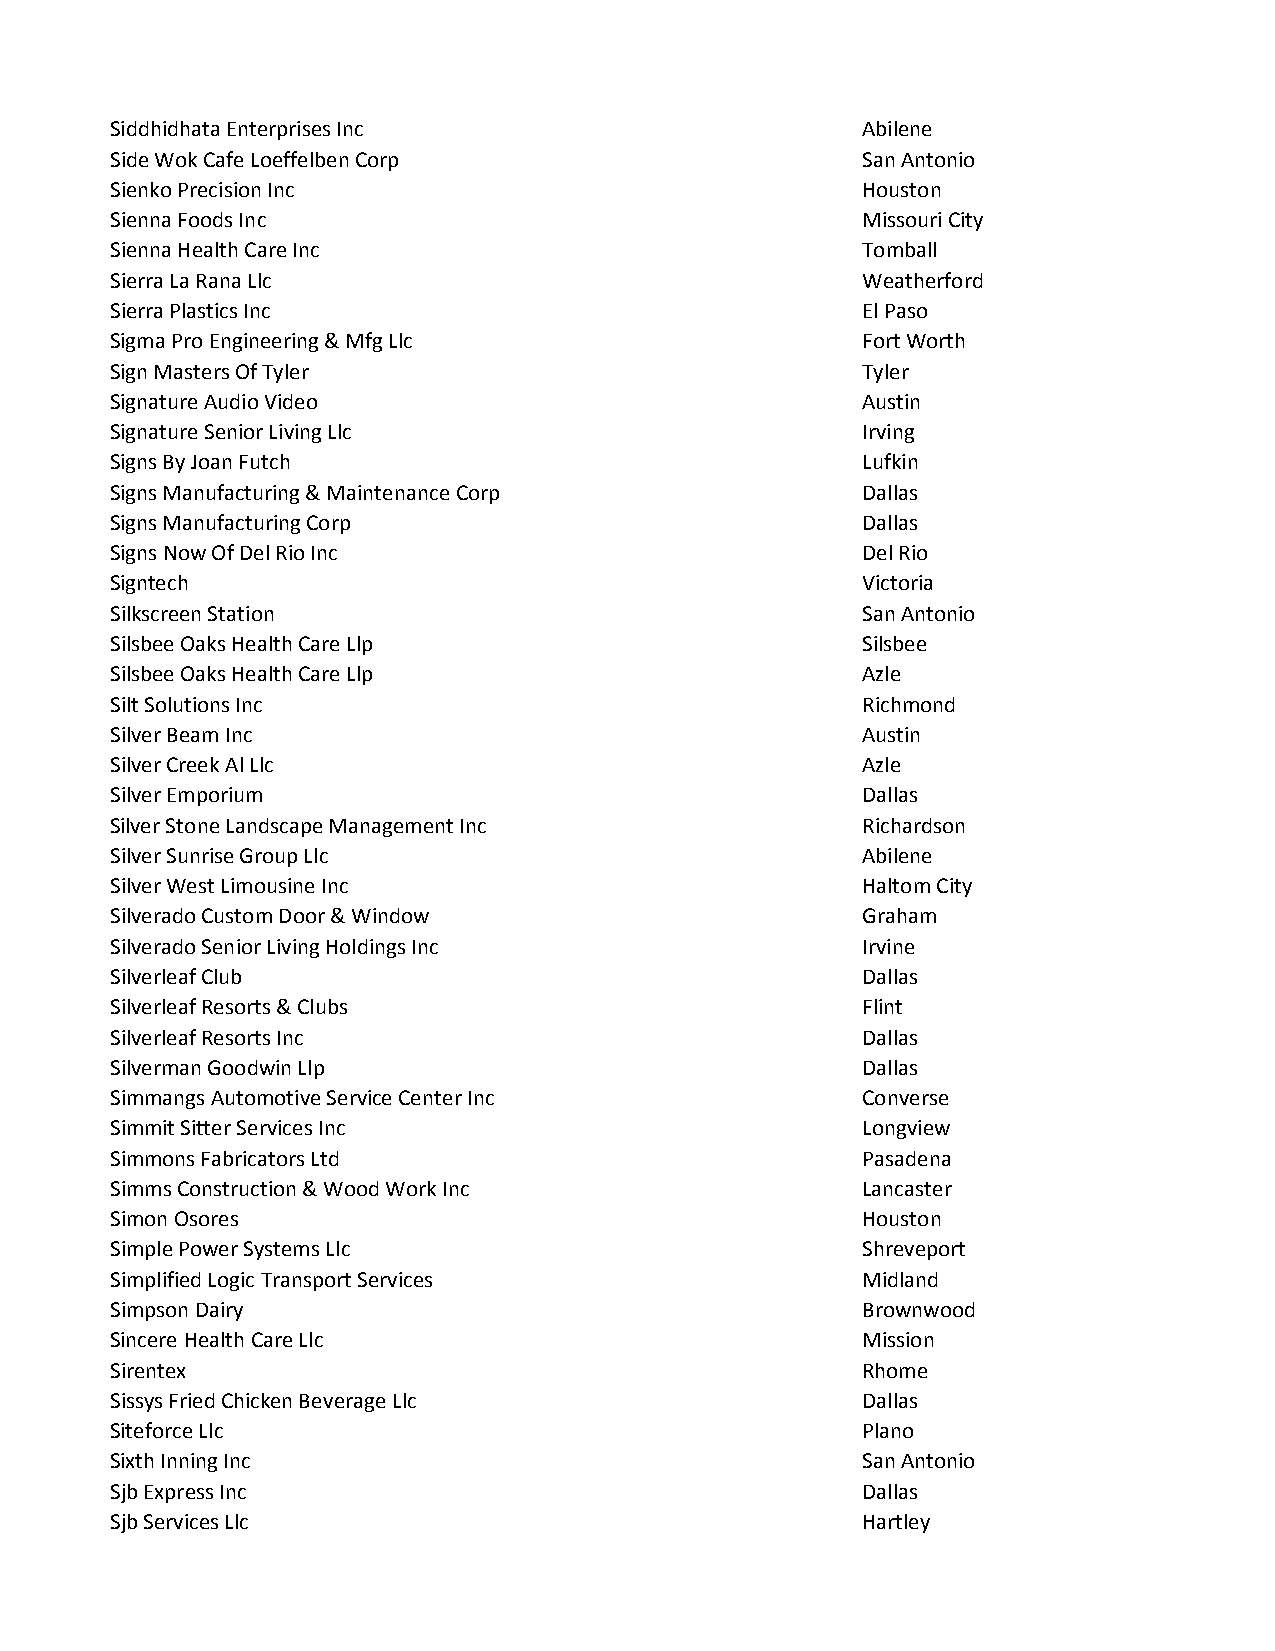
Siddhidhata Enterprises Inc                       Abilene
 Side Wok Cafe Loeffelben Corp                     San Antonio
 Sienko Precision Inc                              Houston
 Sienna Foods Inc                                  Missouri City
 Sienna Health Care Inc                            Tomball
 Sierra La Rana Llc                                Weatherford
 Sierra Plastics Inc                               El Paso
 Sigma Pro Engineering & Mfg Llc                   Fort Worth
 Sign Masters Of Tyler                             Tyler
 Signature Audio Video                             Austin
 Signature Senior Living Llc                       Irving
 Signs By Joan Futch                               Lufkin
 Signs Manufacturing & Maintenance Corp            Dallas
 Signs Manufacturing Corp                          Dallas
 Signs Now Of Del Rio Inc                          Del Rio
 Signtech                                          Victoria
 Silkscreen Station                                San Antonio
 Silsbee Oaks Health Care Llp                      Silsbee
 Silsbee Oaks Health Care Llp                      Azle
 Silt Solutions Inc                                Richmond
 Silver Beam Inc                                   Austin
 Silver Creek Al Llc                               Azle
 Silver Emporium                                   Dallas
 Silver Stone Landscape Management Inc             Richardson
 Silver Sunrise Group Llc                          Abilene
 Silver West Limousine Inc                         Haltom City
 Silverado Custom Door & Window                    Graham
 Silverado Senior Living Holdings Inc              Irvine
 Silverleaf Club                                   Dallas
 Silverleaf Resorts & Clubs                        Flint
 Silverleaf Resorts Inc                            Dallas
 Silverman Goodwin Llp                             Dallas
 Simmangs Automotive Service Center Inc            Converse
 Simmit Sitter Services Inc                        Longview
 Simmons Fabricators Ltd                           Pasadena
 Simms Construction & Wood Work Inc                Lancaster
 Simon Osores                                      Houston
 Simple Power Systems Llc                          Shreveport
 Simplified Logic Transport Services               Midland
 Simpson Dairy                                     Brownwood
 Sincere Health Care Llc                           Mission
 Sirentex                                          Rhome
 Sissys Fried Chicken Beverage Llc                 Dallas
 Siteforce Llc                                     Plano
 Sixth Inning Inc                                  San Antonio
 Sjb Express Inc                                   Dallas
 Sjb Services Llc                                  Hartley